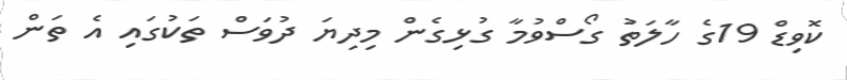
ކޮވިޑް 19ގެ ހާލަތު ގޯސްވުމާ ގުޅިގެން މިދިޔަ ދުވަސް ތަކުގައި އެ ތަން